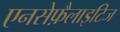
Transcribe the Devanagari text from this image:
एनसेफ़ैलाइटिज